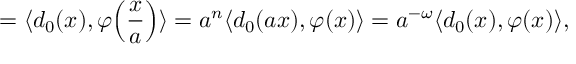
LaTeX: = \langle d _ { 0 } ( x ) , \varphi \Bigl ( \frac { x } { a } \Bigr ) \rangle = a ^ { n } \langle d _ { 0 } ( a x ) , \varphi ( x ) \rangle = a ^ { - \omega } \langle d _ { 0 } ( x ) , \varphi ( x ) \rangle ,